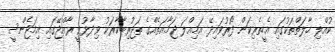
ކުއްލި ހާލަތްތަކުގައި އެހީތެރިކަން ފޯރުވައިދޭ އަމިއްލަ ޖަމާއަތެއްގެ ތަޖުރިބާކާރަކު ވިދާޅުވީ ރާއްޖޭގައި އިމަޖެންސީ